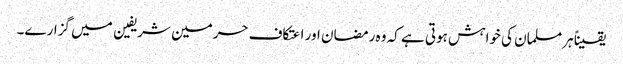
یقیناً ہرمسلمان کی خواہش ہوتی ہے کہ وہ رمضان اور اعتکاف حرمین شریفین میں گزارے۔